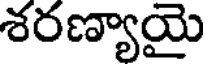
శరణ్యాయై